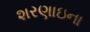
શરણાઇના